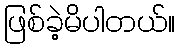
ဖြစ်ခဲ့မိပါတယ်။